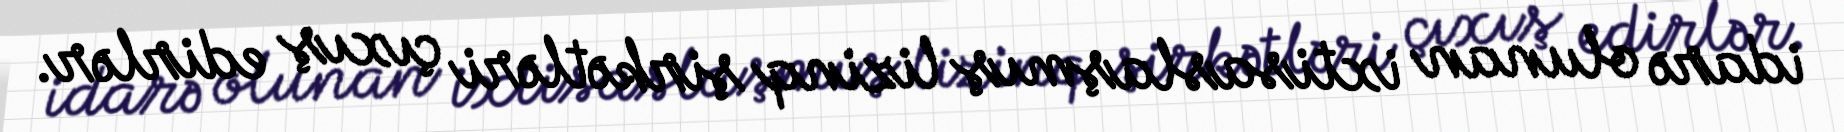
idarə olunan ixtisaslaşmış lizinq şirkətləri çıxış edirlər.